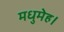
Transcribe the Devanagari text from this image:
मधुमेह।